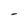
Character: l